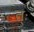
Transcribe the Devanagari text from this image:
त्ः